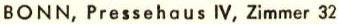
BONN, Pressehaus IV, Zimmer 32